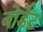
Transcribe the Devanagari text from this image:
बोर्डेट